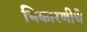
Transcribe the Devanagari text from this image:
भिकारणीचे